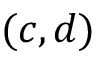
( c , d )